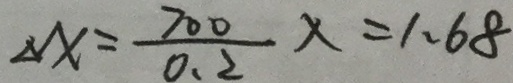
\Delta x = \frac { 7 0 0 } { 0 . 2 } x = 1 . 6 8